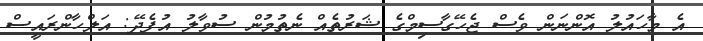
އެ މާހައުލު އޮންނަން ވެސް ޖެހޭގާސިމްގެ ޝަރުތެއް ނެތުމުން ސުވާލު އުފެދޭ: އަލްހާންރައީސް